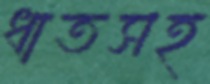
ধাতসহ